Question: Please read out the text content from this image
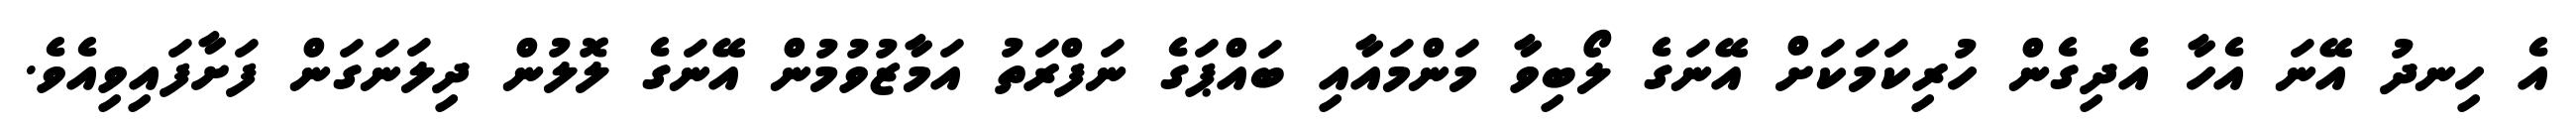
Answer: އެ ހިނދު އޭނަ އެހާ އެދިގެން ހުރިކަމަކަށް އޭނަގެ ލޯބިވާ މަންމައާއި ބައްޕަގެ ނަފްރަތު އަމާޒުވުމުން އޭނަގެ ލޮލުން ދިލަނަގަން ފަށާފައިވިއެވެ.